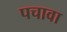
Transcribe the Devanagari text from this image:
पचावा